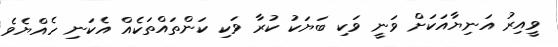
ވީއިރު އަނިޔާއަކަށް ވަނީ ވަކި ބަޔަކު ކުރާ ވަކި ކަންތައްތަކެއް އެކަނި ހެއްޔެވެ